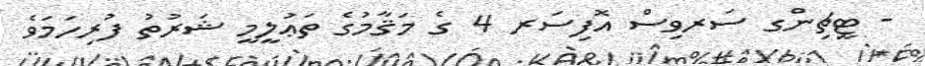
- ޓީޗިންގ ސަރވިސް އޮފިސަރ 4 ގެ މަޤާމުގެ ތަޢުލީމީ ޝަރުތު ފުރިހަމަވެ